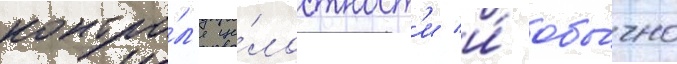
контро́л'я це́лостност'и и́ обы́чно